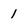
Character: 1